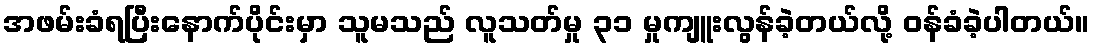
အဖမ်းခံရပြီးနောက်ပိုင်းမှာ သူမသည် လူသတ်မှု ၃၁ မှုကျူးလွန်ခဲ့တယ်လို့ ဝန်ခံခဲ့ပါတယ်။